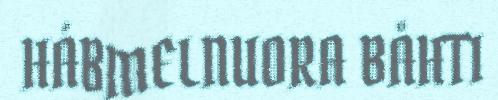
HÁBMELNUORA BÅHTI